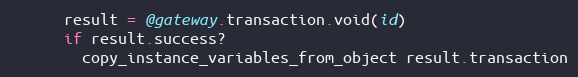
Language: Ruby
      result = @gateway.transaction.void(id)
      if result.success?
        copy_instance_variables_from_object result.transaction